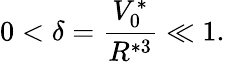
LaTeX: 0<\delta=\frac{V_{0}^{*}}{R^{*3}}\ll 1.